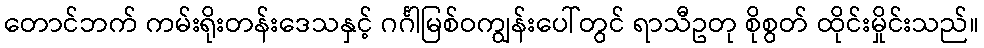
တောင်ဘက် ကမ်းရိုးတန်းဒေသနှင့် ဂင်္ဂါမြစ်ဝကျွန်းပေါ်တွင် ရာသီဥတု စိုစွတ် ထိုင်းမှိုင်းသည်။